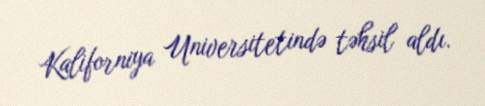
Kaliforniya Universitetində təhsil aldı.